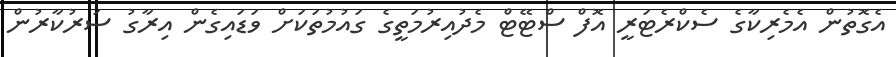
އެގޮތުން އެމެރިކާގެ ސެކްރެޓަރީ އޮފް ސްޓޭޓް މެދުއިރުމަތީގެ ގައުމުތަކަށް ވަޑައިިގެން އިރާގު ސަރުކާރުން